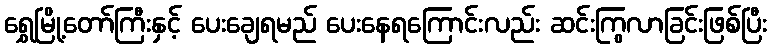
ရွှေမြို့တော်ကြီးနှင့် ပေးချေရမည် ပေးနေရကြောင်းလည်း ဆင်းကြွလာခြင်းဖြစ်ပြီး